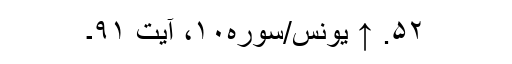
۵۲. ↑ یونس/سوره۱۰، آیت ۹۱۔